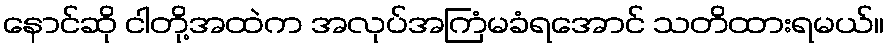
နောင်ဆို ငါတို့အထဲက အလုပ်အကြံမခံရအောင် သတိထားရမယ်။